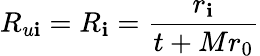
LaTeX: R_{u\mathbf{i}}=R_{\mathbf{i}}=\frac{{r_{\mathbf{i}}}}{{t+Mr_{0}}}